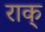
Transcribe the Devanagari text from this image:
राक्‌